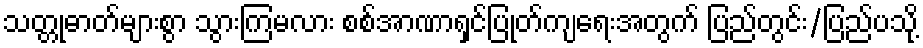
သတ္တုဓာတ်များစွာ သွားကြမလား စစ်အာဏာရှင်ပြုတ်ကျရေးအတွက် ပြည်တွင်း/ပြည်ပသို့